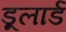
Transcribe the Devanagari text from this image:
डूलार्ड